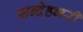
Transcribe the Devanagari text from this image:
सन्देहभरी